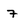
Character: 7